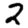
Digit: 2